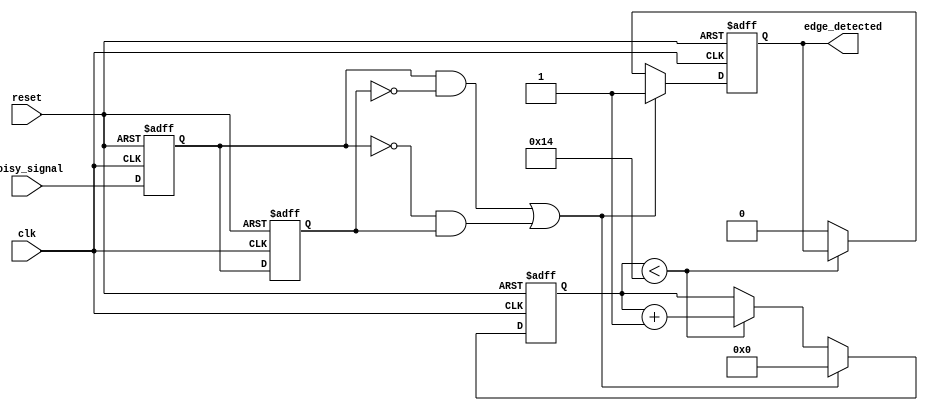
module debounced_edge_detector (
    input wire clk,               // Clock input
    input wire reset,             // Asynchronous reset
    input wire noisy_signal,      // Input signal (noisy)
    output reg edge_detected      // Output signal (edge detected)
);

    // Parameters
    parameter DEBOUNCE_TIME = 20; // Number of clock cycles for debounce time

    // State registers
    reg current_state;             // Current state of the input signal
    reg previous_state;            // Previous state of the input signal
    reg [4:0] debounce_counter;    // 5-bit counter for debounce time (max 31)

    // Edge detection logic
    always @(posedge clk or posedge reset) begin
        if (reset) begin
            current_state <= 0;
            previous_state <= 0;
            debounce_counter <= 0;
            edge_detected <= 0;
        end else begin
            // Update states
            previous_state <= current_state;
            current_state <= noisy_signal;

            // Check for edges
            if ((current_state && !previous_state) || (!current_state && previous_state)) begin
                // Edge detected, start debounce counter
                debounce_counter <= 0;
                edge_detected <= 1; // Assert edge detected
            end else if (debounce_counter < DEBOUNCE_TIME) begin
                // Increment debounce counter
                debounce_counter <= debounce_counter + 1;
                edge_detected <= edge_detected; // Maintain current state of edge_detected
            end else begin
                // Reset edge_detected after debounce time
                edge_detected <= 0;
            end
        end
    end

endmodule